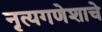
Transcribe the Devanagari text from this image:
नृत्यगणेशाचे